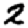
Digit: 2